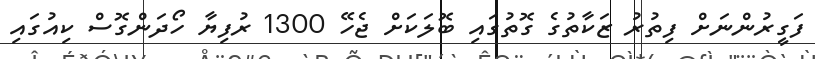
ފަގީރުންނަށް ފިތުރު ޒަކާތުގެ ގޮތުގައި ބޮލަކަށް ޖެހޭ 1300 ރުފިޔާ ހޯދަންގޮސް ކިއުގައި